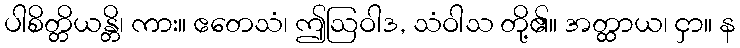
ပါစိတ္တိယန္တိ၊ ကား။ ဧတေသံ၊ ဤဩဝါဒ, သံဝါသ တို့၏။ အတ္ထာယ၊ ငှာ။ န